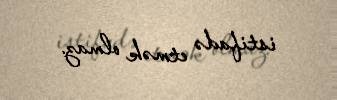
istifadə etmək olmaz.